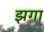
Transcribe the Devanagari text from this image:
झगा